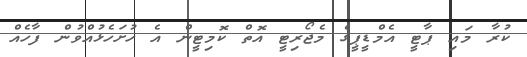
ކުރާ މައި ޕާޓީ އެމްޑީޕީގެ މެޖޯރިޓީ އޮތް ކޮމިޓީން އެ ހުށަހެޅުއްވުން ފާހެއް